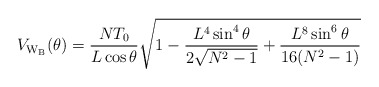
\begin{align*}V_{\rm W_B}(\theta)=\frac{NT_0}{L\cos{\theta}}\sqrt{1-\frac{L^4\sin^4{\theta}}{2\sqrt{N^2-1}}+\frac{L^8\sin^6{\theta}}{16(N^2-1)}}\end{align*}